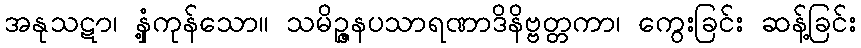
အနုသဋာ၊ နှံ့ကုန်သော။ သမိဉ္ဇနပသာရဏာဒိနိဗ္ဗတ္တကာ၊ ကွေးခြင်း ဆန့်ခြင်း